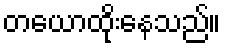
တယောထိုးနေသည်။